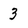
Character: 3